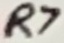
Text: R7